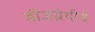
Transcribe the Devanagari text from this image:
बीजग्रंथीचे